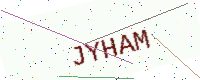
Text: JYHAM